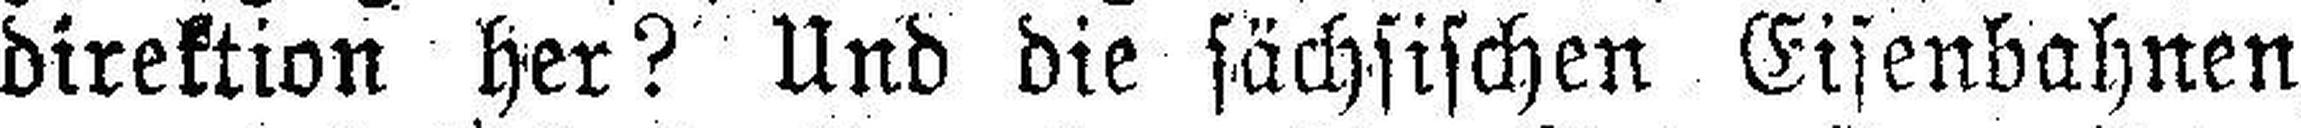
direktion her? Und die sächsischen Eisenbahnen